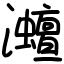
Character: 灗